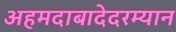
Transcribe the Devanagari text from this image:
अहमदाबादेदरम्यान